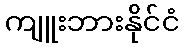
ကျူးဘားနိုင်ငံ